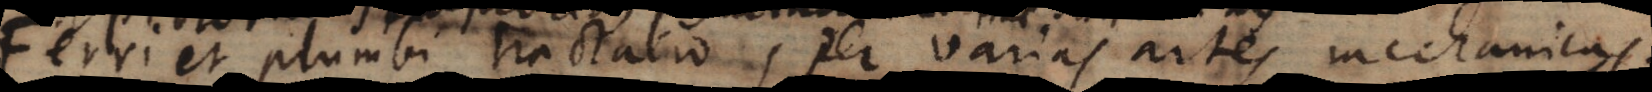
Ferri et plumbi tractatio, per varias artes mechanicas.